Bréfritari: Þórarinn Stefánsson
Dagsetning: A-1918-02-18
Skrifað á: Vesturheimi

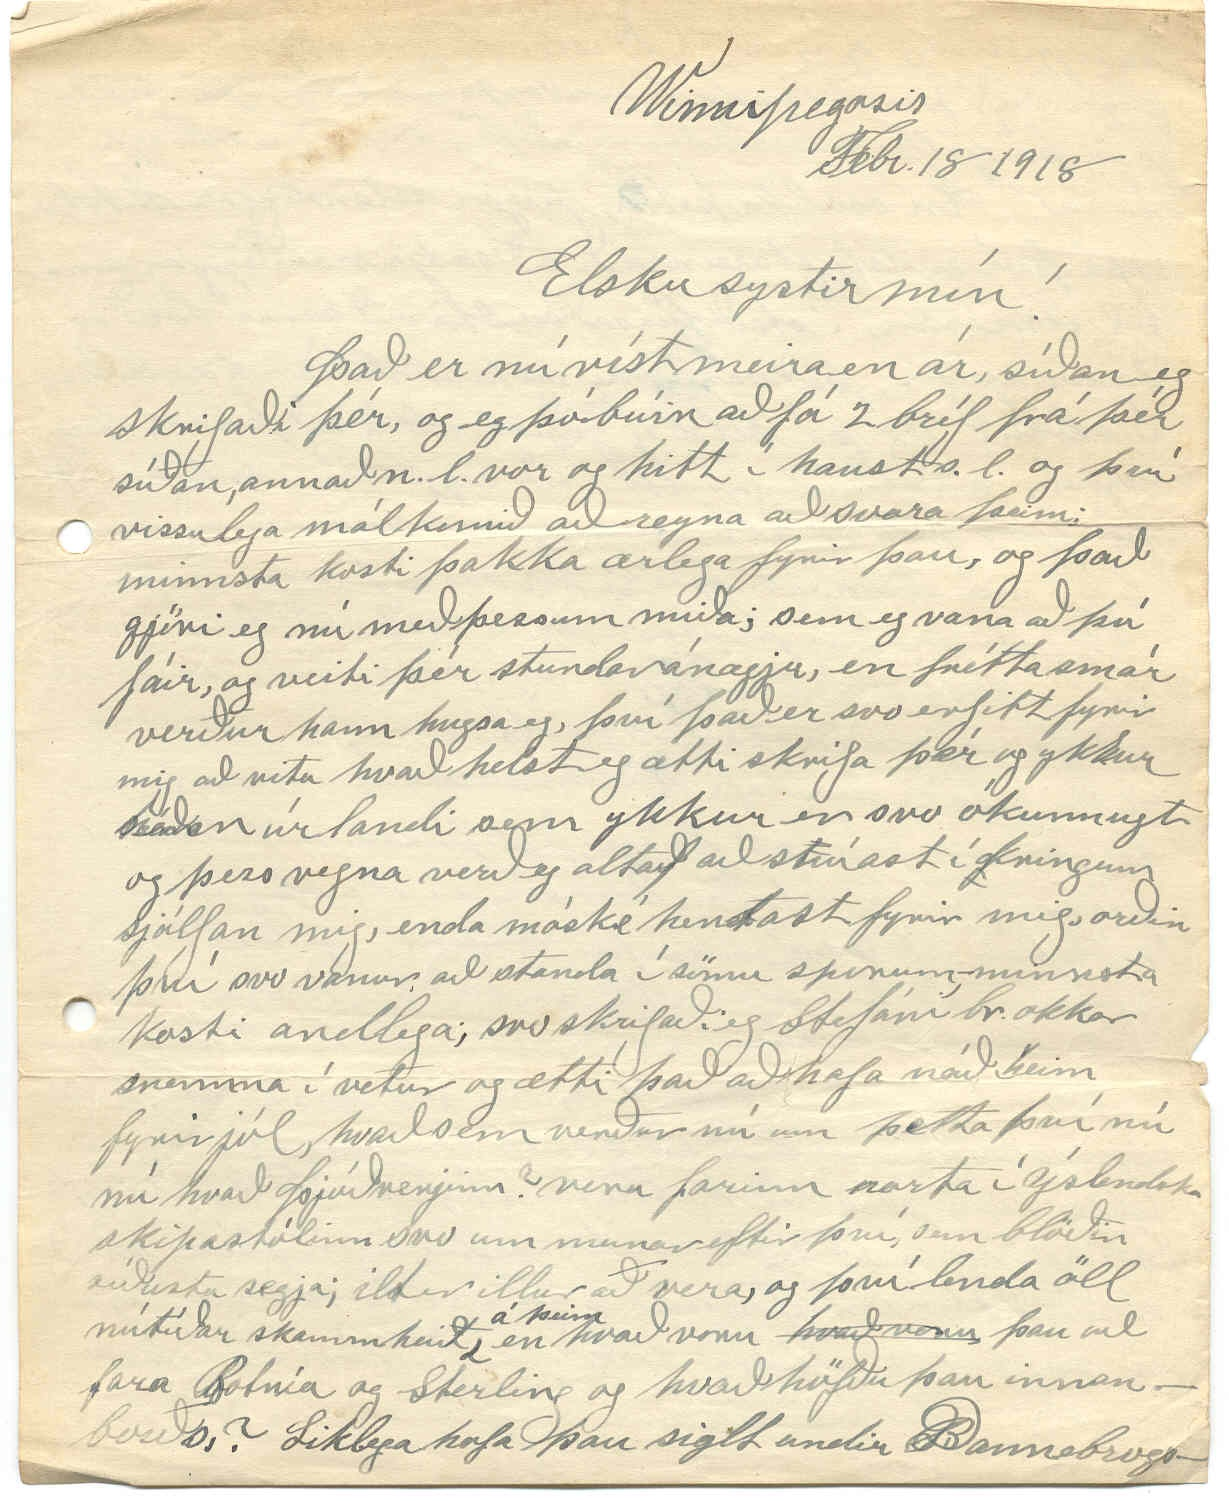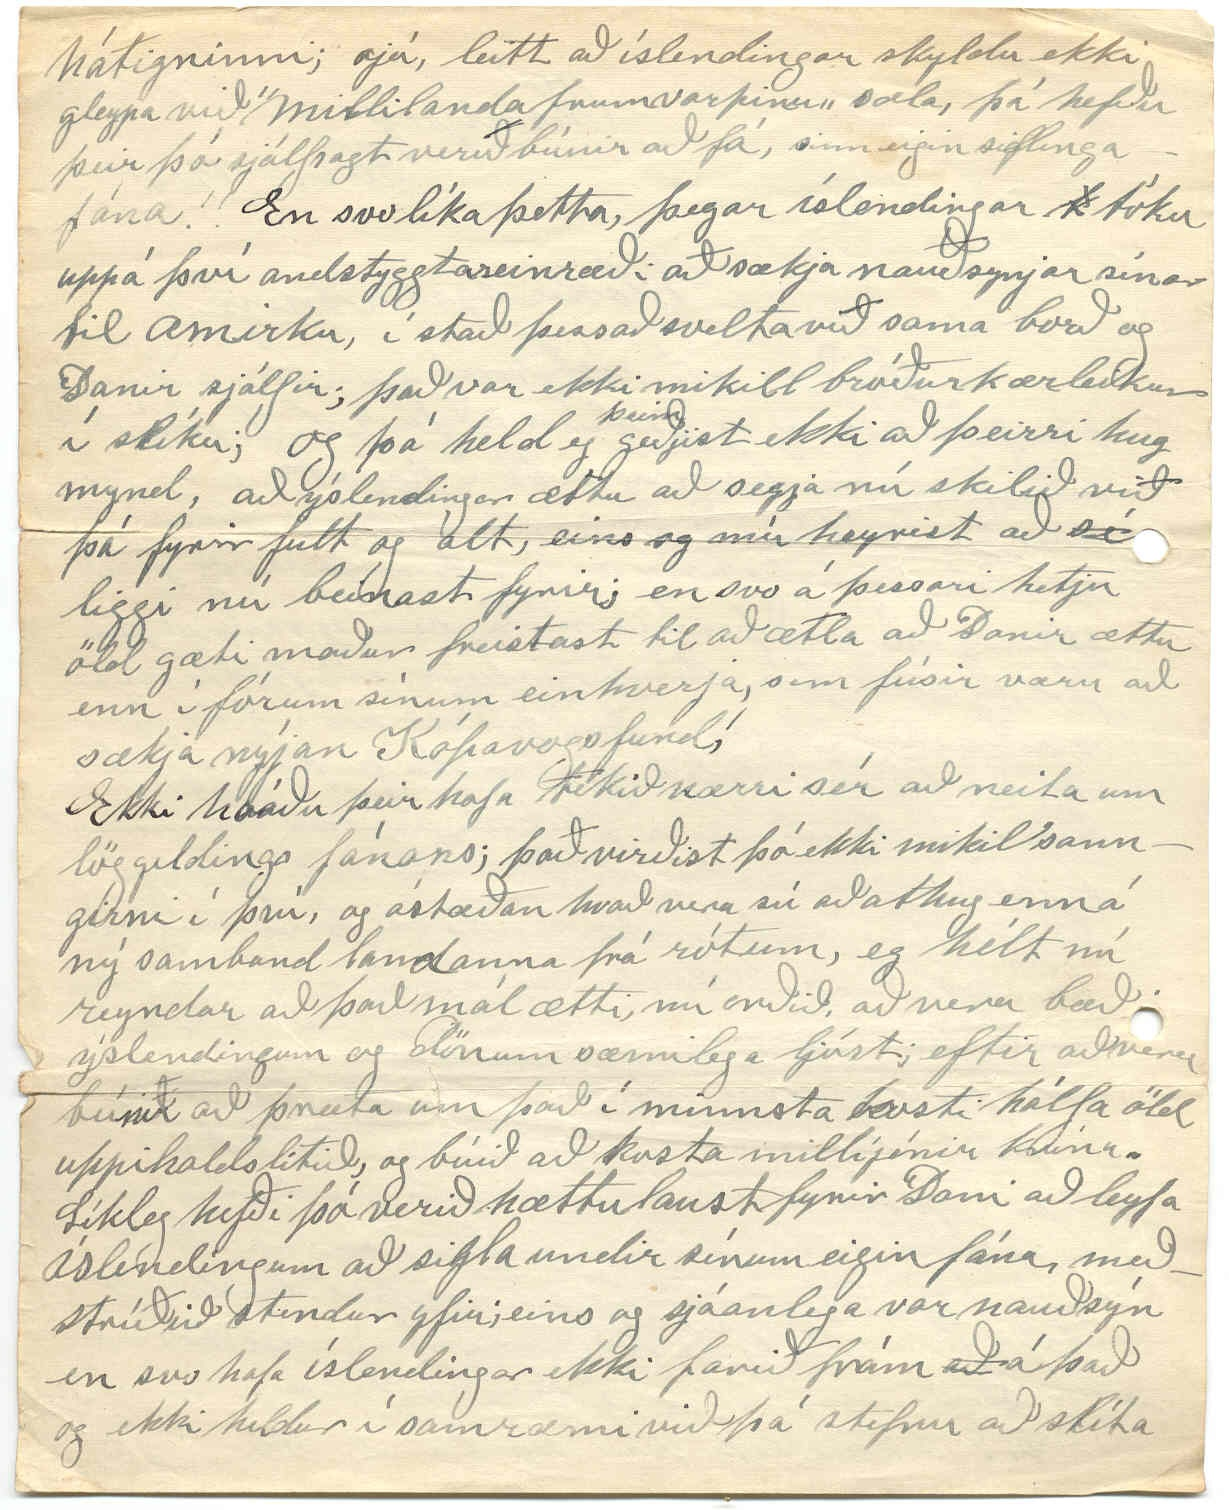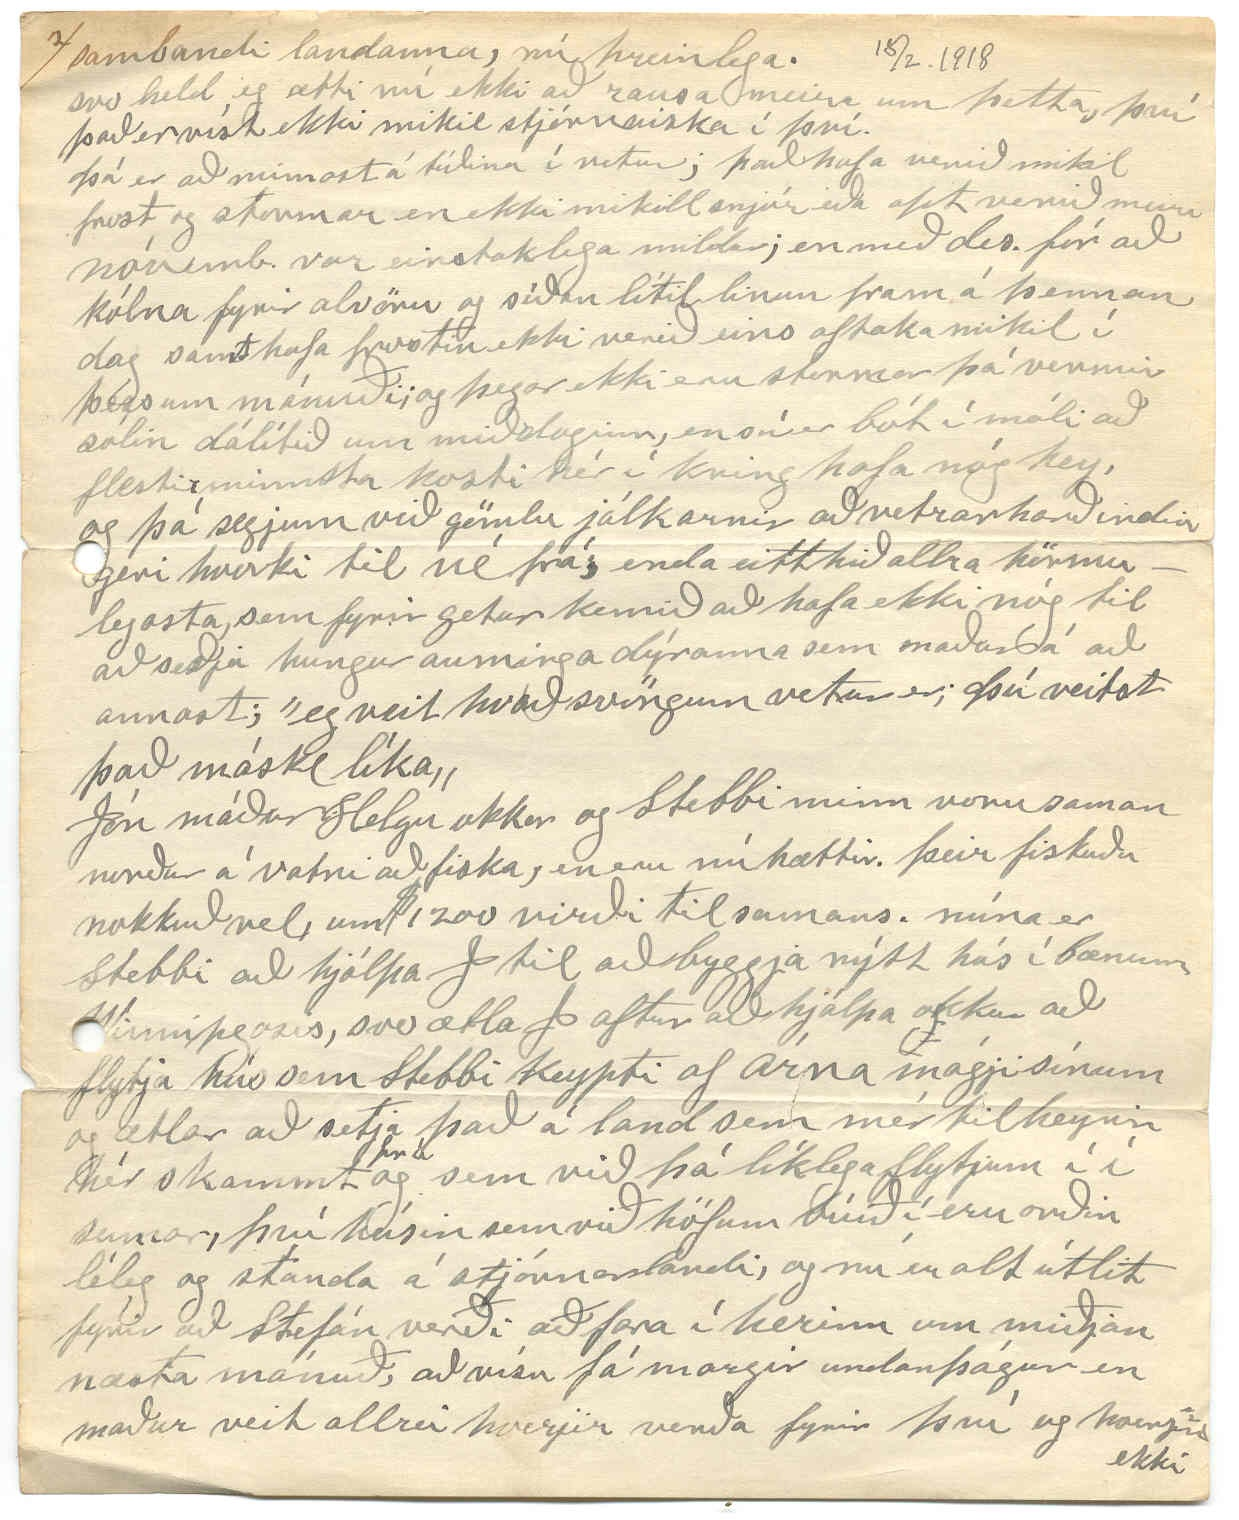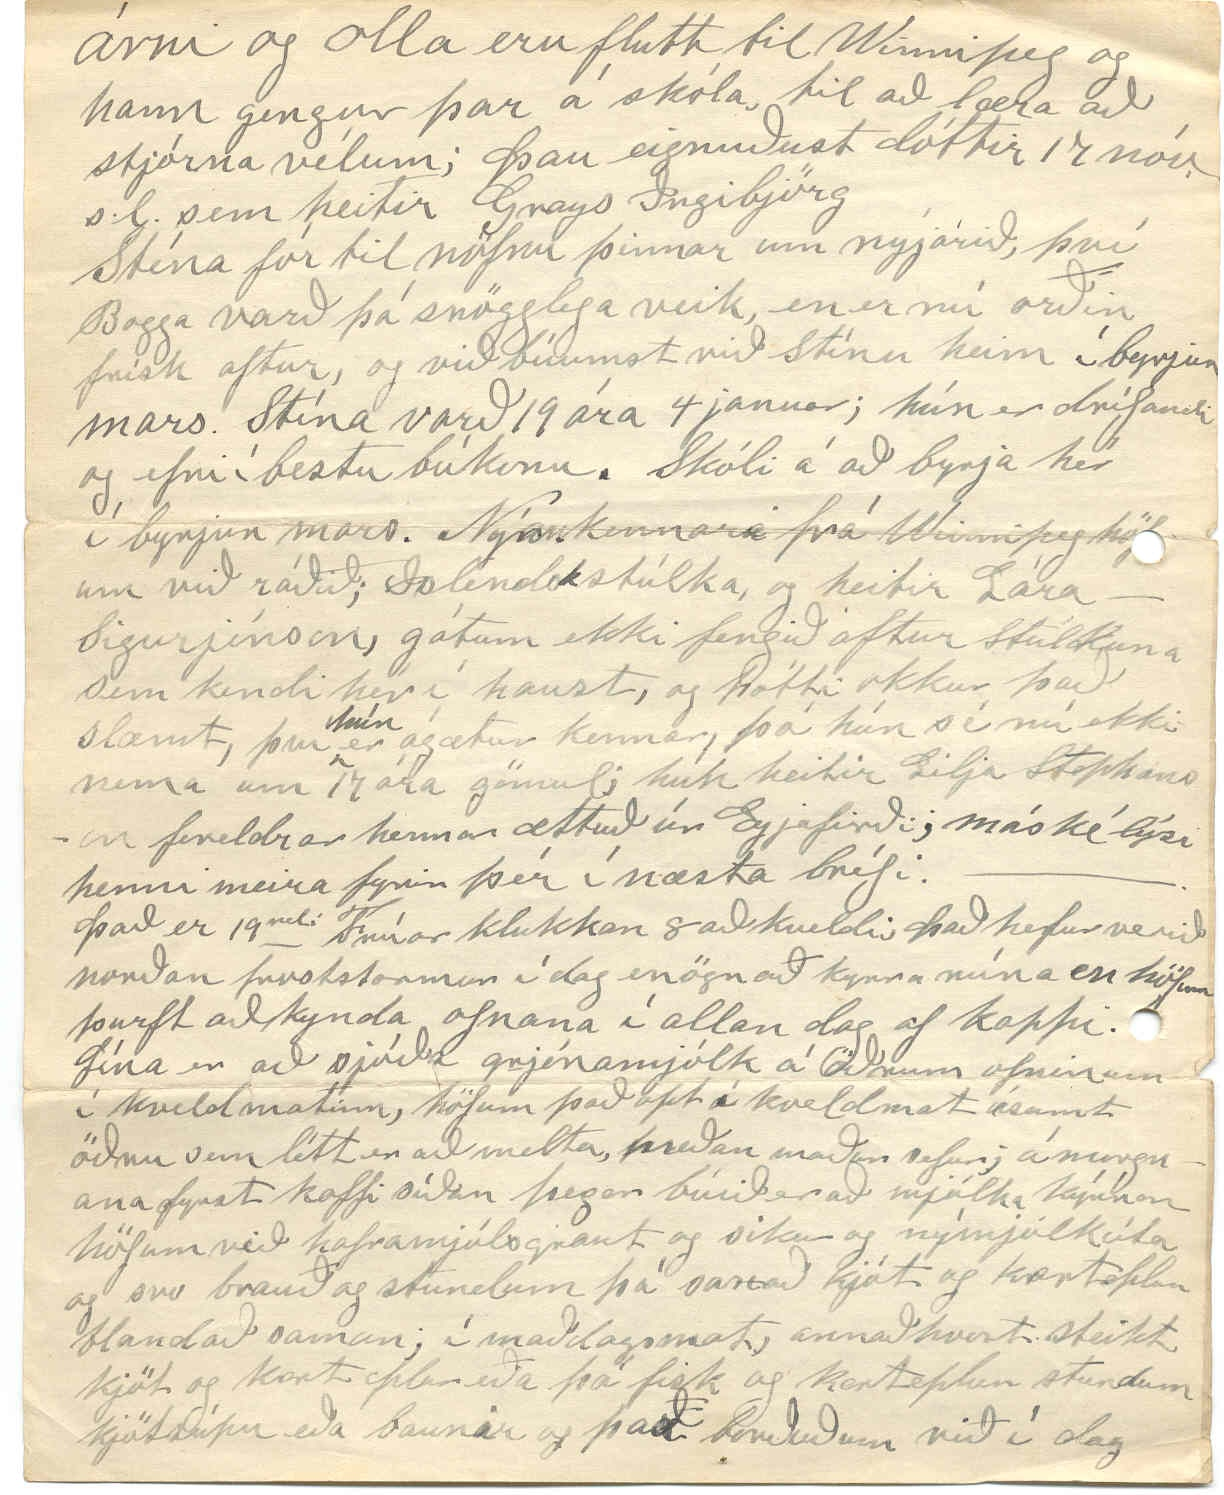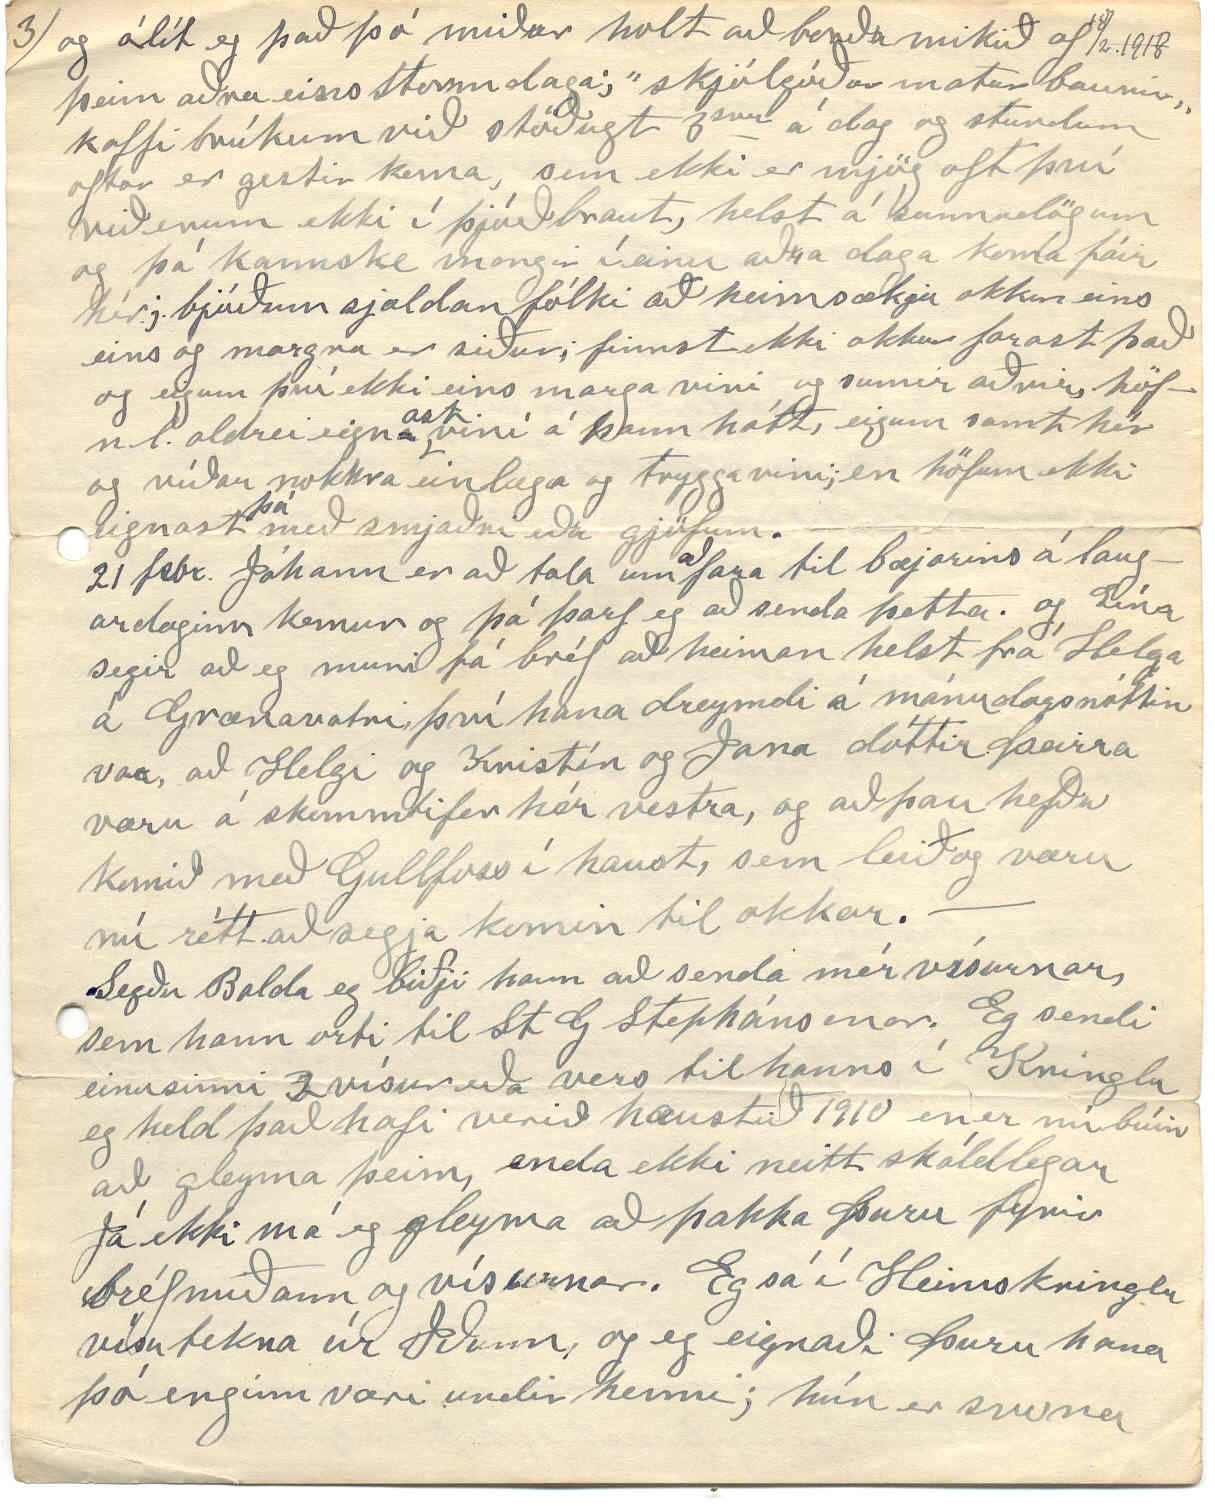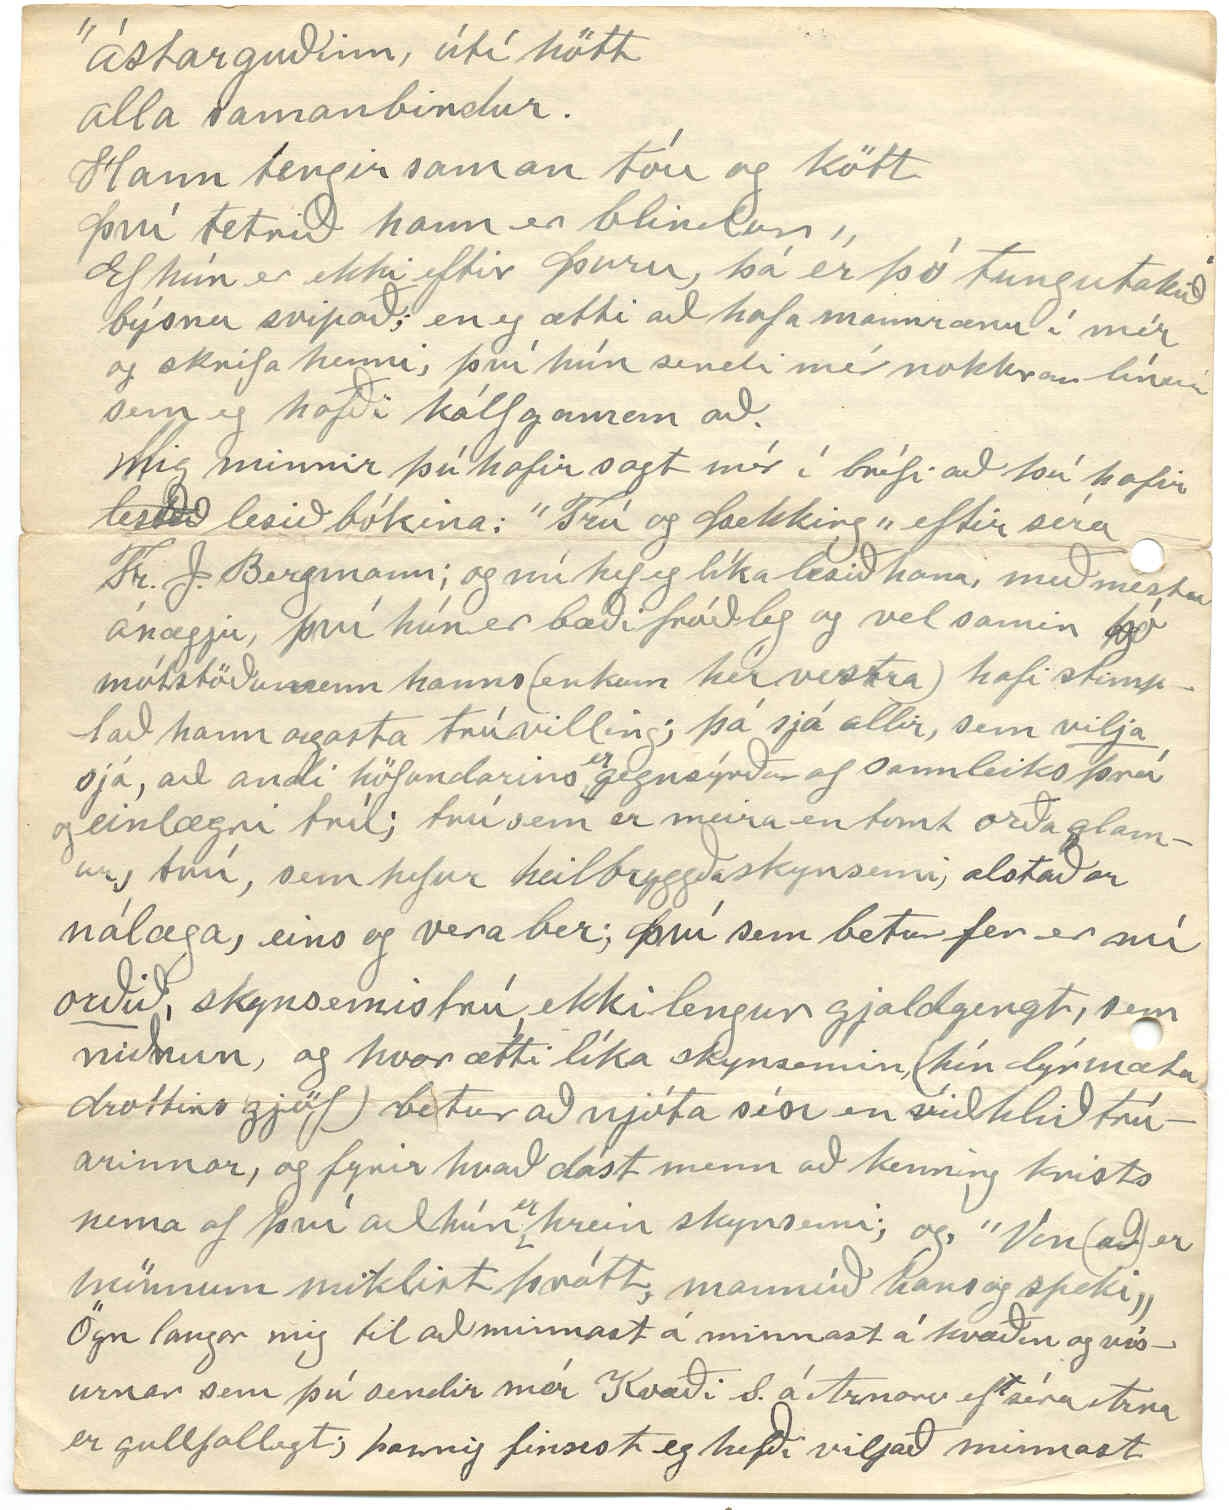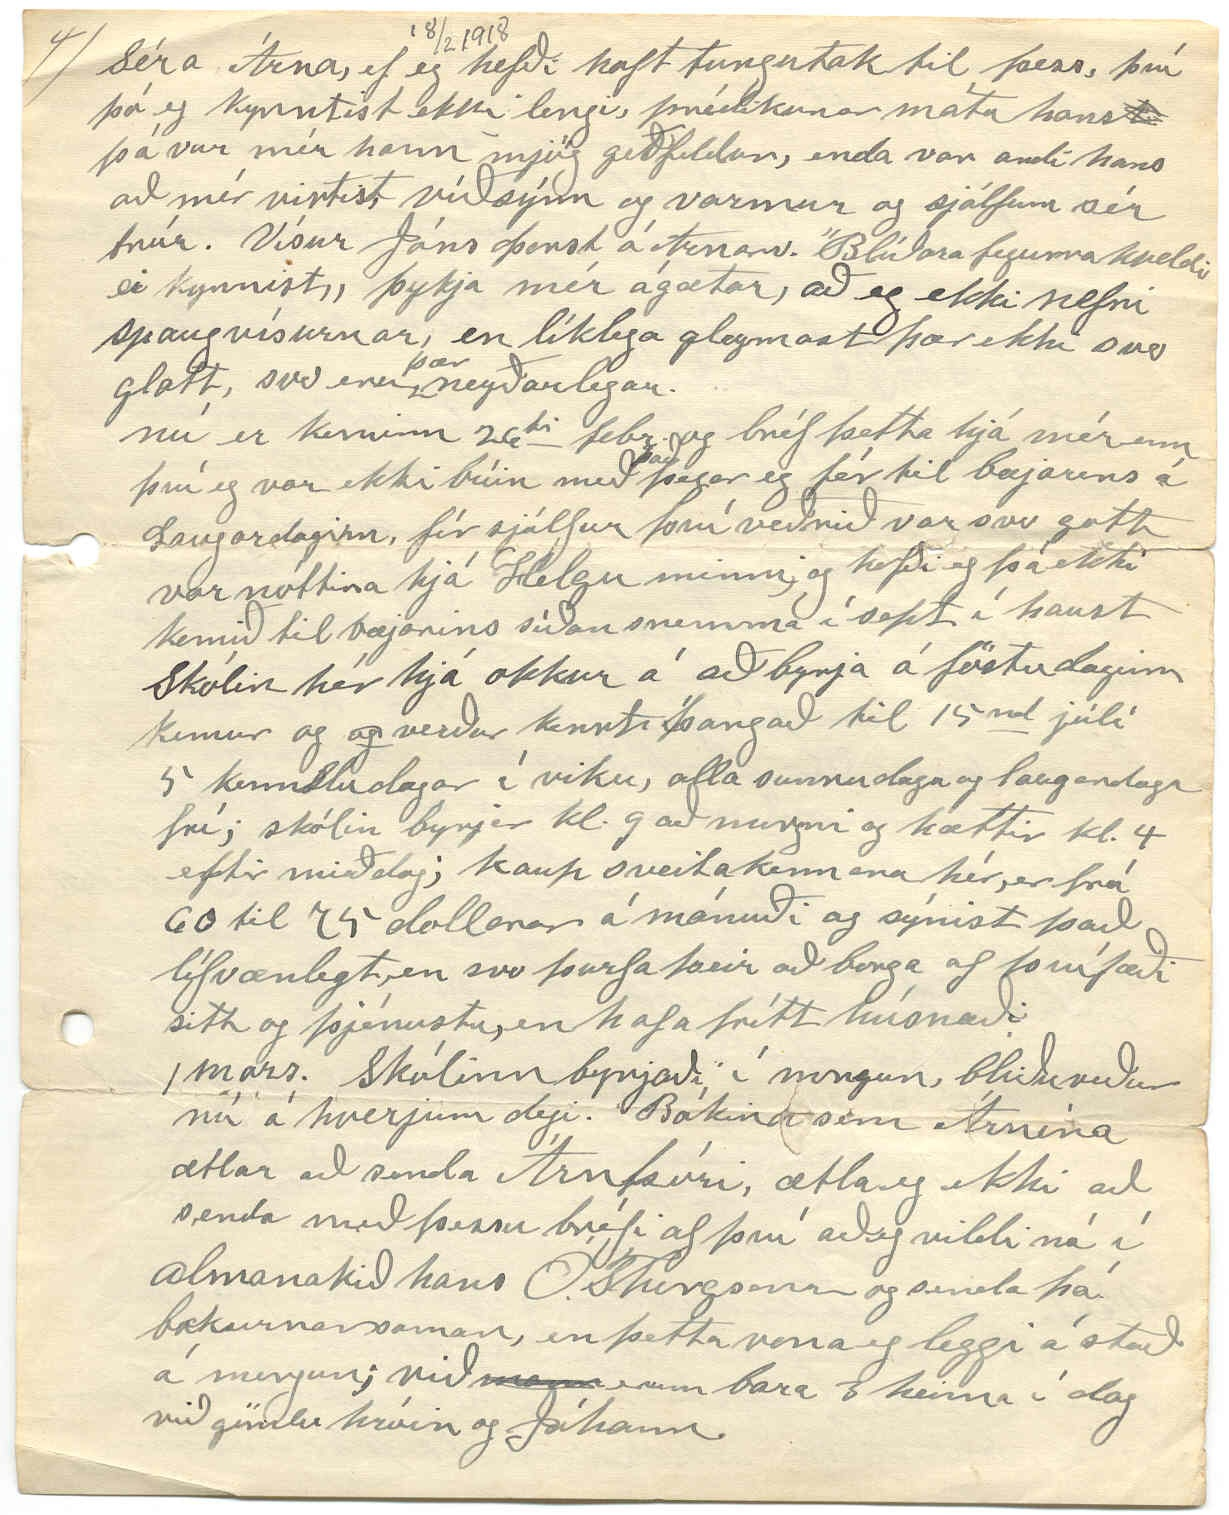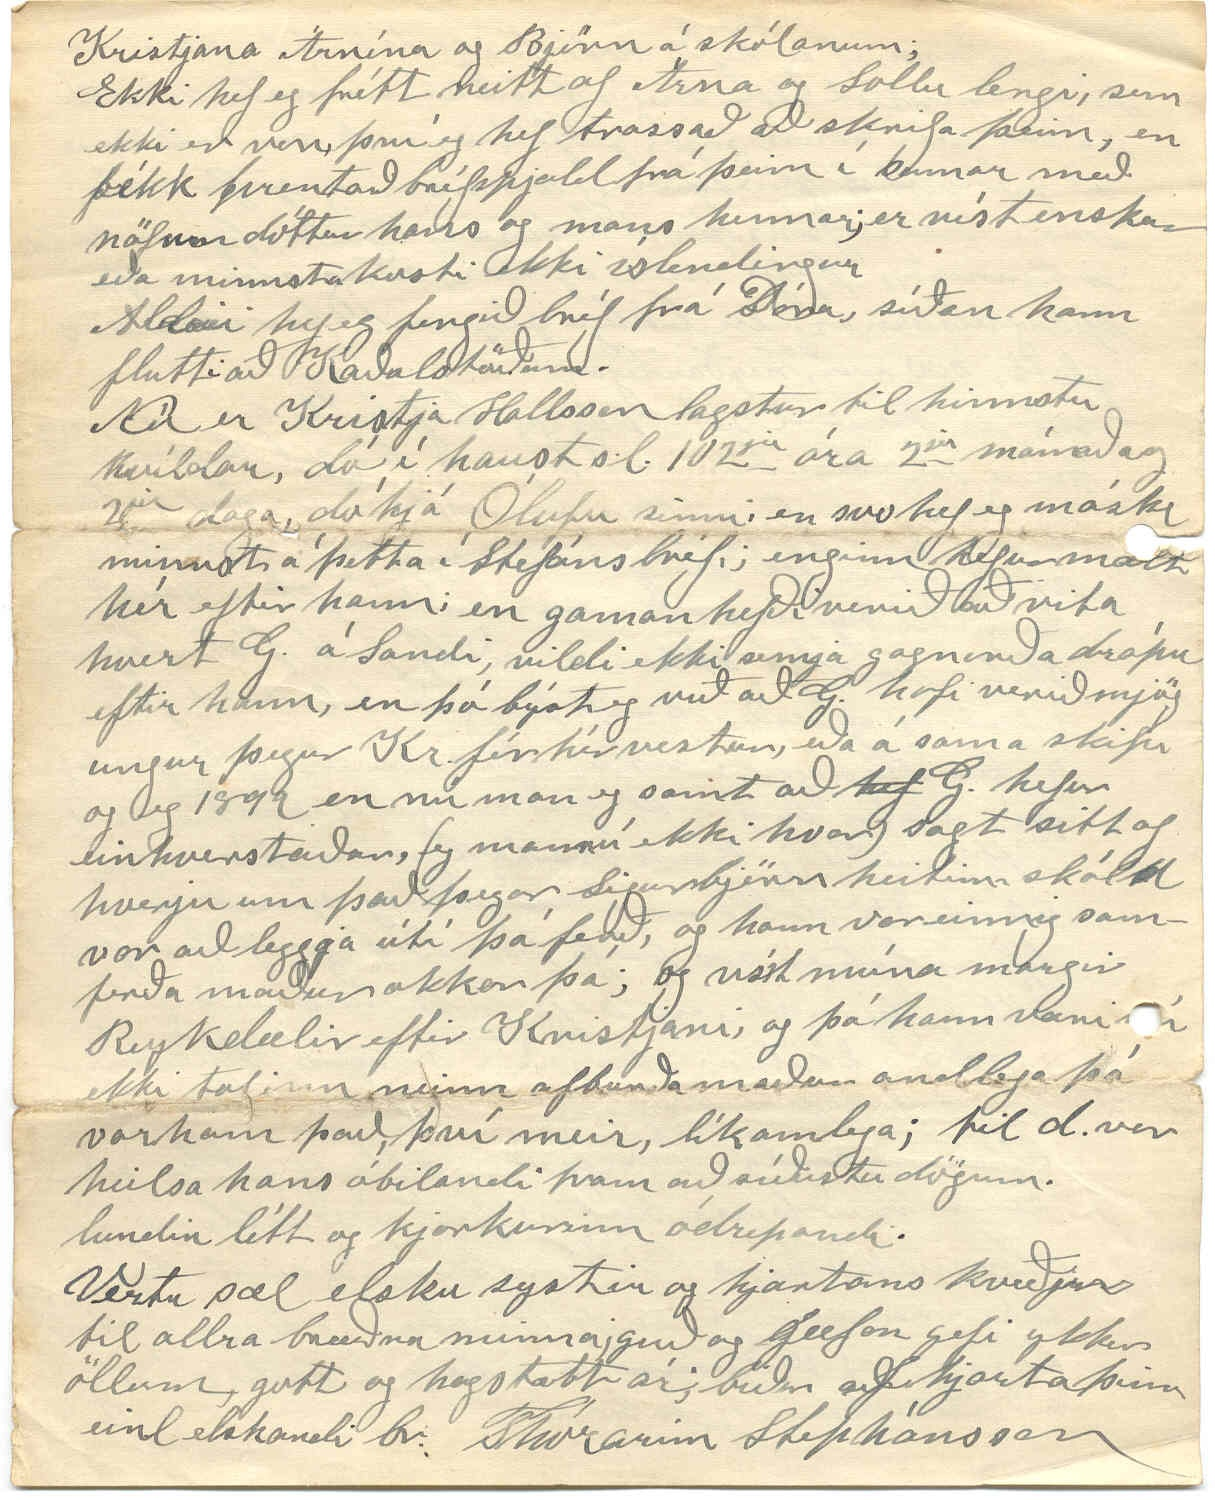

Winnipegosis
Febr. 18 1918
Elsku systir mín!
Það er nú víst meira en ár, síðan eg skrifaði þér, og eg þó búin að fá 2 bréf frá þér síðan, annað n.l. vor og hitt í haust s.l. og því vissulega mál komið að reyna að svara þeim; minnsta kosti þakka ærlega fyrir þau, og það gjöri eg nú með þessum miða; sem eg vona að þú fáir, og veiti þér stundaránægju, en fréttasmár verður hann hugsa eg, því það er svo erfitt fyrir mig að vita hvað helst eg ætti skrifa þér og ykkur héðan úr landi sem ykkur er svo ókunnugt og þess vegna verð eg altaf að snúast í kringum sjálfan mig, enda máské hentast fyrir mig, orðin því svo vanur að standa í sömu sporum, minnsta kosti andlega; svo skrifaði eg Stefáni br. okkar snemma í vetur og ætti það að hafa náð heim fyrir jól, hvað sem verður nú um þetta því nú nú hvað Þjóðverjinn? vera farinn narta í ýslendska skipastólinn svo um munar eftir því, sem blöðin síðustu segja; ilt er illur að vera, og því lenda öll nútíðar skammheit
á þeim
en hvað voru
hvað voru
þau að fara Botnía og Sterling og hvað höfðu þau innanborðs? Liklega hafa þau siglt undir Dannebrogs
hátigninni; ojá, leitt að íslendingar skyldu ekki gleypa við ”millilanda frumvarpinu„ sæla, þá hefðu þeir þó sjálfsagt verið búnir að fá, sinn eigin siglingafána!! En svo líka þetta, þegar íslendingar
k
tóku uppá því andstyggtareinræði að sækja nauðsynjar sínar til amirku, í stað þess að svelta við sama borð og Danir sjálfir; það var ekki mikill bróðurkærleikur í slíku; og þó held eg
þeim
geðjist ekki að þeirri hugmynd, að ýslendingar ættu að segja nú skilið við þá fyrir fult og alt, eins og nú heyrist að
sé
liggi nú beinast fyrir; en svo á þessari hetju öld gæti maður freistast til að ætla að Danir ættu enn í fórum sínum einhverja, sem fúsir væru að sækja nýjan Kópavogsfund!
Ekki
hváðu
þeir hafa tekið nærri sér að neita um löggildings fánans; það virðist þó ekki mikil sanngirni í því, og ástæðan hvað vera sú að athug enn á ný samband landanna frá rótum, eg hélt nú reyndar að það mál ætti; nú orðið, að vera bæði ýslendingum og Dönum sæmilega ljóst; eftir að vera bú
ið
nir að þræta um það í minnsta kosti hálfa öld uppihaldslítið, og búið að kosta millíjónir króna. Líkleg hefði þó verið hættulaust fyrir Dani að leyfa íslendingum að sigla undir sínum eigin fána, með- stríðið stendur yfir; eins og sjáanlega var nauðsýn en svo hafa íslendingar ekki farið frám
að
á það og ekki heldur í samræmi við þá stefnu að slíta
sambandi landanna, nú hreinlega.
svo held eg ætti nú ekki að rausa meira um þetta, því það er víst ekki mikil stjórnviska í því.
Þá er að minnast á tíðina í vetur; það hafa verið mikil frost og stormar en ekki mikill snjór eða opt verið meiri nóvemb. var einstaklega mildur; en með des. fór að kólna fyrir alvöru og síðan lítil linun fram á þennan dag samt hafa frostin ekki verið eins aftaka mikil í þessum mánuði; og þegar ekki eru stormar þá vermir sólin dálítið um miðdaginn, en sú er bót í máli að flestir minnsta kosti hér í kring hafa nóg hey, og þá segjum við gömlu jálkarnir að vetrarharðindin geri hvorki til né frá; enda eitt hið allra hörmulegasta, sem fyrir getur komið að hafa ekki nóg til að seðja hungur auminga dýranna sem maður á að annast; ”eg veit hvað svöngum vetur er; Þú veitst það máske líka„
Jón máður Helgu okkar og Stebbi minn voru saman norður á vatni að fiska, en eru nú hættir. þeir fiskuðu nokkuð vel, um $ 1200 virði til samans. núna er Stebbi að hjálpa J til að byggja nýtt hús í bænum Winnipgosis, svo ætla J aftur að hjálpa o
g
kkur að flytja hús sem Stebbi keypti af árna mágji sínum og ætlar að setja það á land sem mér tilheyrir hér skammt
frá
og sem við þá líklega flytjum í í sumar, því húsin sem við höfum búið í eru orðin léleg og standa á stjórnarlandi, og nú er alt útlit fyrir að Stefán verði að fara í herinn um miðjan næsta mánuð, að vísu fá margir undanþágur en maður veit allrei hverjir verða fyrir því og hverjir ekki
árni og olla eru flutt til Winnipeg og hann gengur þar á skóla, til að læra að stjórna vélum; Þau eignuðust dóttir 17 nóv. s.l. sem heitir Grays Ingibjörg
Stína fór til nöfnu þinnar um nýjárið; því Bogga varð þá snögglega veik, en er nú orðin frísk aftur, og við búumst við Stínu heim í byrjun mars. Stína varð 19 ára 4 januar; hún er drífandi og efni í bestu búkonu. Skóli á að byrja hér í byrjun mars. Nýan kennara frá Winnipeg höfum við ráðið; Islendsk stúlka, og heitir Lára Sigurjónson, gátum ekki fengið aftur stúlkuna sem kendi hér í haust, og þótti okkur það slæmt, því
hún
er ágætur kennar, þó hún sé nú ekki nema um 17 ára gömul; hún heitir Lilja Stephanson foreldrar hennar ættuð úr Eyjafirði; máské lýsi henni meira fyrir þér í næsta bréfi.
Það er 19
ndi
Frúar klukkan 8 að kveldi, Það hefur verið norðan froststormur í dag en ögn að kyrra núna en höfum þurft að kynda ofnana í allan dag af kappi. Lína er að sjóða grjónamjólk á öðrum ofninum í kveldmatinn, höfum það opt
í
kveldmat ásamt öðru sem létt er að melta, meðan maður sefur; á morgnana fyrst kaffi síðan þegar búið er að mjólka kýrnar höfum við haframjólsgraut og sikur og nýmjólk úta og svo brauð og stundum þá saxað kjót og kartoplur blandað saman; í maðdagsmat, annað hvort steikt kjöt og kartoplur eða þá fisk og kartoplur stundum kjötsúpu eða baunir og
þa0
borðuðum við í dag
og álít eg það þó miður holt að borða mikið af þeim aðra eins stormdaga; ”skjólgóður matur baunir„ kaffi brúkum við stöðugt 3
svar
á dag og stundum oftar er gestir koma, sem ekki er mjög oft því við erum ekki í þjóðbraut, helst á sunnudögum og þá kannske margir í einu aðra daga koma fáir hér; bjóðum sjaldan fólki að heimsækja okkur eins eins og margra er siður; finnst ekki okkur farast það og eigum því ekki eins marga vini og sumir aðrir, höf- n.l. aldrei eign
ast
vini á þann hátt, eigum samt hér og víðar nokkra einlæga og trygga vini; en höfum ekki eignast
þá
með smjaðri eða gjöfum.
21 febr. Jóhann er að tala um
að
fara til bæjarins á laugardaginn kemur og þá þarf eg að senda þetta. og Lína segir að eg muni fá bréf að heiman helst frá Helga á Grænavatni, því hana dreymdi á mánudagsnóttina var, að Helgi og Kristín og Jana dóttir þeirra væru á skemmtifer hér vestra, og að þau hefðu komið með Gullfoss í haust, sem leið og væru nú rétt að segja komin til okkar.
Segðu Balda eg biðji hann að senda mér vísurnar, sem hann orti til St G Stephánsonar. Eg sendi einusinni 2 vísur eða vers til hanns í Kringlu eg held það hafi verið haustið 1910 en er nú búin að gleyma þeim, enda ekki neitt skáldlegar Já ekki má eg gleyma að þakka Þuru fyrir bréfmiðann og vísurnar. Eg sá í Heimskringlu vísu tekna úr Iðunn, og eg eignaði Þuru hana þó enginn væri undir henni; hún er svona
”ástarguðinn, útí hött
alla samanbindur.
Hann tengir saman tóu og kött
Því tetrið hann er blindur„
Ef hún er ekki eftir Þuru, þá er þó tungutakið býsna svipað; en eg ætti að hafa mannrænu í mér og skrifa henni, því hún sendi mér nokkrar línur sem eg hafði
kálfgaman
að.
Mig minnir þú hafir sagt mér í bréfi að þú hafir
les00ð
lesið bókina: ”Trú og Þekking„ eftir séra Fr. J. Bergmann; og nú hef eg líka lesið hana, með mestu ánægju, því hún er bæði fróðleg og vel samin
og
þó mótstöðumenn hanns (enkum hér vestra) hafi stimplað hann argasta trúvilling; þá sjá allir, sem
vilja
sjá, að andi höfundarins
er
gegnsýrður af sannleiksþrá og einlægri trú; trú sem er meira en tomt orðaglamur, trú, sem hefur heilbryggða skynsemi, alstaðar nálæga, eins og vera ber; Því sem betur fer er nú
orðið
; skynsemistrú ekki lengur gjaldgengt, sem niðrun, og
hvor
ætti líka skynsemin, (hín dýrmæta drottins gjöf) betur að njóta sín en við hlið trúarinnar, og fyrir hvað dást menn að kenning krists nema af því að hún
er
hrein skynsemi; og, ”Von (að) er mönnum miklist
þrótt
; mannúð hans og speki„
Ögn langar mig til að minnast á minnast á kvæðin og vísurnar sem þú sendir mér Kvæði S. á Arnarv ef
t
séra Arna er gullfallegt; þannig finnst eg hefði viljað minnast
Séra Árna, ef eg hefði haft tungutak til þess, því þó eg kynntist ekki lengi, prédikunarmáta hans
t
þá var mér hann mjög geðfeldur, enda var andi hans að mér virtist, víðsýnn og varmur og sjálfum sér trúr. Vísur Jóns Þorst á Arnarv. ”Blíðara fegurra kveldi ei kynnist„ þykja mér ágætar, að eg ekki nefni spaugvísurnar, en líklega gleymast þær ekki svo glatt, svo eru
þær
neyðarlegar.
nú er kominn 26
ti
febr. og bréf þetta hjá mér enn því eg var ekki búin með
það
þegar eg fór til bæjarins á Laugardaginn, fór sjálfur því veðrið var svo gott var nóttina hjá Helgu minni, og hafði eg þá ekki komið til bæjarins síðan snemma í sept í haust Skólin hér hjá okkur á að byrja á föstudaginn kemur og
og
verður kennt þangað til 15
nd
júlí 5 kennsludagar í viku, alla sunnudaga og laugardaga frí; skólin byrjar kl. 9 að morgni og hættir kl. 4 eftir miðdag; kaup sveitakennara hér, er frá 60 til 75 dollarar á mánuði og sýnist það lífvænlegt, en svo þurfa þeir að borga af því fæði sitt og þjónustu, en hafa frítt húsnæði.
1 mars. Skólinn byrjaði í morgun, bliðuveður nú á hverjum degi. Bókina sem Árnína ætlar að senda Árnþóri, ætla eg ekki að senda með þessu bréfi af því að eg vildi ná í almanakið hans Ó.Thorgsonar og senda þá bækurnar saman, en þetta vona eg leggi á stað á morgun; við
m000
erum bara 3 heima í dag við gömlu hróin og Jóhann.
Kristjana Árnína og Björn á skólanum;
Ekki hef eg frétt neitt af Árna og Sollu lengi, sem ekki er von, því eg hef trassað að skrifa þeim, en fékk prentað bréfspjald frá þeim í sumar með nöfnm dóttur hans og mans hennar; er víst enskur eða minnsta kosti ekki íslendingur
Aldrei hef eg fengið bréf frá Dóra, síðan hann flutti að Kaðalstöðum.
Nú er Kristja Hallsson lagstur til hinnstu hvíldar, dó í haust s.l. 102
ja
ára 2
ja
mánaða og 2
ja
daga, dó hjá Ólufu sinni, en svo hef eg máske minnst á þetta í Stefáns bréfi; enginn hefur mælt hér eftir hann; en gaman hefði verið að vita hvort G. á Sandi, vildi ekki semja gagnorða drápu eftir hann, en þó býst eg við að G. hafi verið mjög ungur þegar Kr. fór hér vestur, eða á sama skipi og eg 1899 en nú man eg samt að
hef
G. hefur einhverstaðar, (eg man nú ekki hvar) sagt sitt af hverju um það þegar Sigurbjörn heitinn skáld var að leggja útí þá ferð, og hann var einnig samferða maður okkar þá; og víst múna margir Reykdælir eftir Kristjani, og þó hann væri
000
ekki talinn neinn afburðamaður andlega þá var hann það, því meir, líkamlega; til d. var heilsa hans óbilandi fram að síðustu dögum. lundin létt og kjarkurinn ódrepandi.
Vertu sæl elsku systir og hjartans kveðjur til allra bræðra minna; guð og gæfan gefi ykkur öllum, gott og hagstætt ár; biður a
ð
f hjarta þinn einl elskandi br. Thorarinn Stephánsson